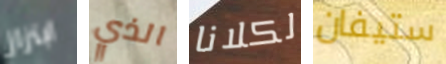
ابتزاز الذي لكلانا ستيفان